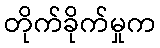
တိုက်ခိုက်မှုက